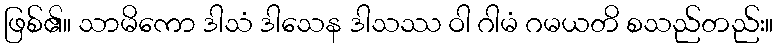
ဖြစ်၏။ သာမိကော ဒါသံ ဒါသေန ဒါသဿ ဝါ ဂါမံ ဂမယတိ စသည်တည်း။